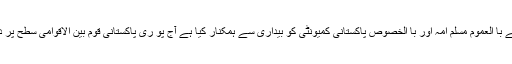
انہو ں نے کہا کہ ان معصوم اور بیگناہ طا لبعلموں کی قربانی نے با العموم مسلم امہ اور با الخصوص پاکستانی کمیونٹی کو بیداری سے ہمکنار کیا ہے آج پو ری پاکستانی قوم بین الاقوامی سطح پر دہشتگردی اور انتہا پسندی کے خاتمہ کے لیے متحد و منظم ہے۔